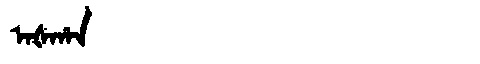
Manchu: ᠠᡧᡥᠠᠨ
Romanization: AŠHAN